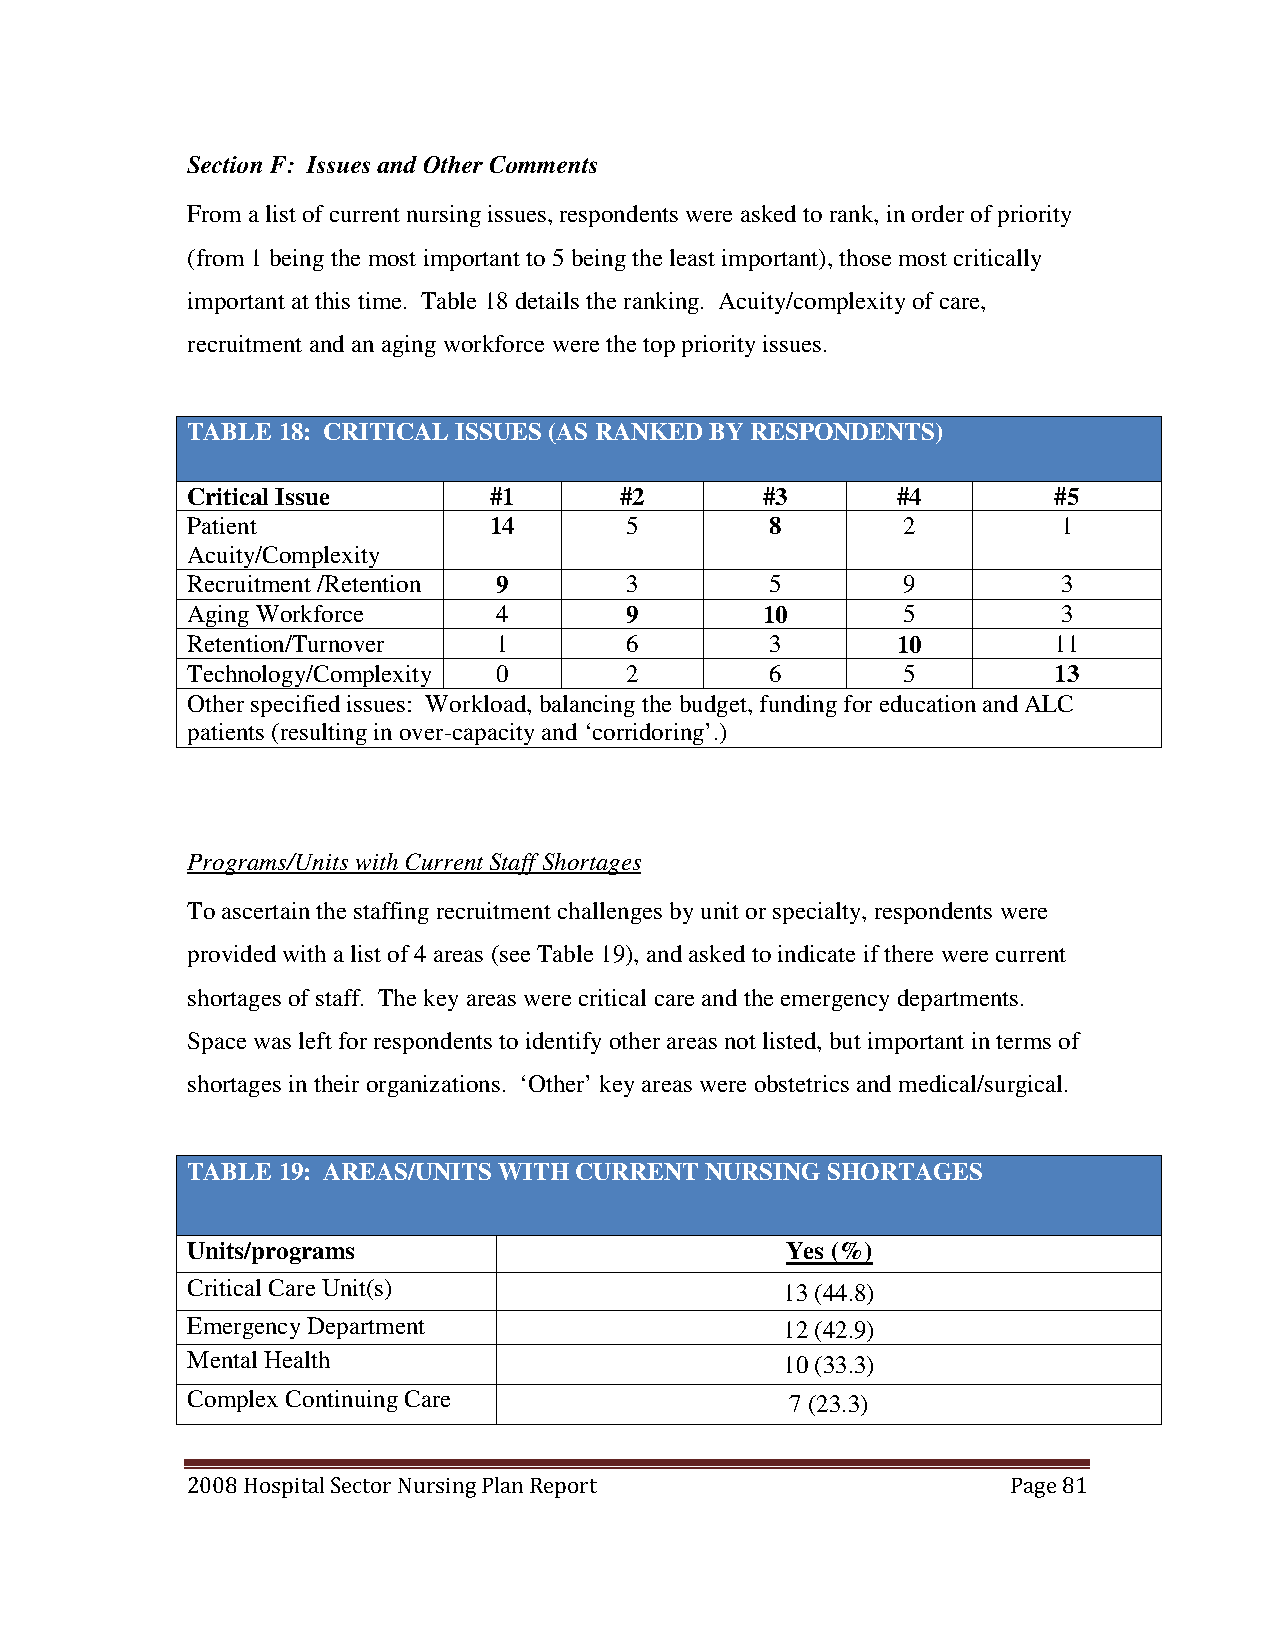
Section F: Issues and Other Comments
 From a list of current nursing issues, respondents were asked to rank, in order of priority
 (from 1 being the most important to 5 being the least important), those most critically
 important at this time. Table 18 details the ranking. Acuity/complexity of care,
 recruitment and an aging workforce were the top priority issues.
 TABLE 18: CRITICAL ISSUES (AS RANKED BY RESPONDENTS)
 Critical Issue      #1       #2       #3       #4         #5
 Patient             14       5         8        2         1
 Acuity/Complexity
 Recruitment /Retention 9     3         5        9         3
 Aging Workforce      4       9        10        5         3
 Retention/Turnover   1       6         3       10         11
 Technology/Complexity 0      2         6        5         13
 Other specified issues: Workload, balancing the budget, funding for education and ALC
 patients (resulting in over-capacity and ‘corridoring’.)
 Programs/Units with Current Staff Shortages
 To ascertain the staffing recruitment challenges by unit or specialty, respondents were
 provided with a list of 4 areas (see Table 19), and asked to indicate if there were current
 shortages of staff. The key areas were critical care and the emergency departments.
 Space was left for respondents to identify other areas not listed, but important in terms of
 shortages in their organizations. ‘Other’ key areas were obstetrics and medical/surgical.
 TABLE 19: AREAS/UNITS WITH CURRENT NURSING SHORTAGES
 Units/programs                          Yes (%)
 Critical Care Unit(s)                   13 (44.8)
 Emergency Department                    12 (42.9)
 Mental Health                           10 (33.3)
 Complex Continuing Care                 7 (23.3)
 2008 Hospital Sector Nursing Plan Report               Page 81